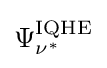
\Psi _{\nu ^{*}}^{\rm {IQHE}}